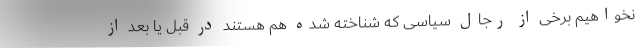
نخواهیم برخی از رجال سیاسی که شناخته شده هم هستند در قبل یا بعد از